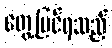
တွေ့မြင်ရသည်